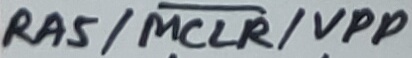
Text: RA5/MCLR/VPP